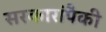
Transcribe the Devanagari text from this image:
सरकारांपैकी